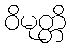
ဝိမုတ္တိ